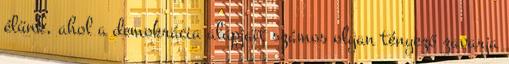
élünk, ahol a demokrácia alapjait számos olyan tényező zavarja